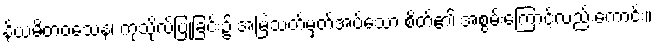
နိယမိတဝသေန၊ ကုသိုလ်ပြုခြင်း၌ အမြဲသတ်မှတ်အပ်သော စိတ်၏ အစွမ်းကြောင့်လည်းကောင်း။